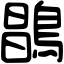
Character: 𪂇